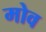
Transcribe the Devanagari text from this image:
मोव